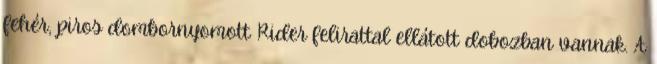
fehér, piros dombornyomott Rider felirattal ellátott dobozban vannak. A